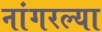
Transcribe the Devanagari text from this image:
नांगरल्या